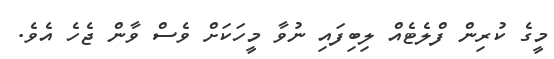
މީގެ ކުރިން ފްލެޓެއް ލިބިފައި ނުވާ މީހަކަށް ވެސް ވާން ޖެހެ އެވެ.